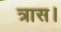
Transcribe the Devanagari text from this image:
त्रास।